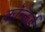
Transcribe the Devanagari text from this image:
कॉन्कर्ड